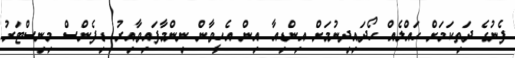
ފެނުގެ ދަތިކަމަށް ހައްލެއް ހޯދައިދިނުމަށް އިންޑިއާ އިން އެހީވާން ނިންމާފައިވާއިރު ޑިފެންސް މިނިސްޓަރު